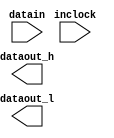
// megafunction wizard: %ALTDDIO_IN%VBB%
// GENERATION: STANDARD
// VERSION: WM1.0
// MODULE: ALTDDIO_IN 

// ============================================================
// Megafunction Name(s):
// 			ALTDDIO_IN
//
// Simulation Library Files(s):
// 			altera_mf
// ============================================================
// ************************************************************
// THIS IS A WIZARD-GENERATED FILE. DO NOT EDIT THIS FILE!
//
// 18.0.0 Build 614 04/24/2018 SJ Lite Edition
// ************************************************************

//Copyright (C) 2018  Intel Corporation. All rights reserved.
//Your use of Intel Corporation's design tools, logic functions 
//and other software and tools, and its AMPP partner logic 
//functions, and any output files from any of the foregoing 
//(including device programming or simulation files), and any 
//associated documentation or information are expressly subject 
//to the terms and conditions of the Intel Program License 
//Subscription Agreement, the Intel Quartus Prime License Agreement,
//the Intel FPGA IP License Agreement, or other applicable license
//agreement, including, without limitation, that your use is for
//the sole purpose of programming logic devices manufactured by
//Intel and sold by Intel or its authorized distributors.  Please
//refer to the applicable agreement for further details.

module ddio_trace (
	datain,
	inclock,
	dataout_h,
	dataout_l);

	input	[15:0]  datain;
	input	  inclock;
	output	[15:0]  dataout_h;
	output	[15:0]  dataout_l;

endmodule

// ============================================================
// CNX file retrieval info
// ============================================================
// Retrieval info: LIBRARY: altera_mf altera_mf.altera_mf_components.all
// Retrieval info: PRIVATE: INTENDED_DEVICE_FAMILY STRING "Cyclone IV E"
// Retrieval info: CONSTANT: INTENDED_DEVICE_FAMILY STRING "Cyclone IV E"
// Retrieval info: CONSTANT: INVERT_INPUT_CLOCKS STRING "OFF"
// Retrieval info: CONSTANT: LPM_HINT STRING "UNUSED"
// Retrieval info: CONSTANT: LPM_TYPE STRING "altddio_in"
// Retrieval info: CONSTANT: POWER_UP_HIGH STRING "OFF"
// Retrieval info: CONSTANT: WIDTH NUMERIC "16"
// Retrieval info: USED_PORT: datain 0 0 16 0 INPUT NODEFVAL "datain[15..0]"
// Retrieval info: CONNECT: @datain 0 0 16 0 datain 0 0 16 0
// Retrieval info: USED_PORT: dataout_h 0 0 16 0 OUTPUT NODEFVAL "dataout_h[15..0]"
// Retrieval info: CONNECT: dataout_h 0 0 16 0 @dataout_h 0 0 16 0
// Retrieval info: USED_PORT: dataout_l 0 0 16 0 OUTPUT NODEFVAL "dataout_l[15..0]"
// Retrieval info: CONNECT: dataout_l 0 0 16 0 @dataout_l 0 0 16 0
// Retrieval info: USED_PORT: inclock 0 0 0 0 INPUT_CLK_EXT NODEFVAL "inclock"
// Retrieval info: CONNECT: @inclock 0 0 0 0 inclock 0 0 0 0
// Retrieval info: GEN_FILE: TYPE_NORMAL ddio_trace.v TRUE FALSE
// Retrieval info: GEN_FILE: TYPE_NORMAL ddio_trace.qip TRUE FALSE
// Retrieval info: GEN_FILE: TYPE_NORMAL ddio_trace.bsf FALSE TRUE
// Retrieval info: GEN_FILE: TYPE_NORMAL ddio_trace_inst.v FALSE TRUE
// Retrieval info: GEN_FILE: TYPE_NORMAL ddio_trace_bb.v TRUE TRUE
// Retrieval info: GEN_FILE: TYPE_NORMAL ddio_trace.inc FALSE TRUE
// Retrieval info: GEN_FILE: TYPE_NORMAL ddio_trace.cmp FALSE TRUE
// Retrieval info: GEN_FILE: TYPE_NORMAL ddio_trace.ppf TRUE FALSE
// Retrieval info: LIB_FILE: altera_mf